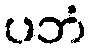
ပဘံ